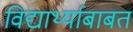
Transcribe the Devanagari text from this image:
विद्यार्थ्याबाबत